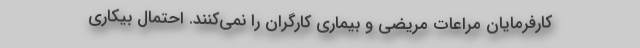
کارفرمایان مراعات مریضی و بیماری کارگران را نمی‌کنند. احتمال بیکاری